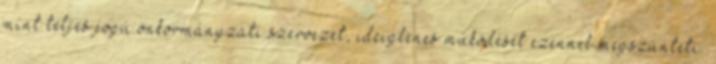
mint teljes jogú önkormányzati szervezet, ideiglenes működését ezennel megszünteti.